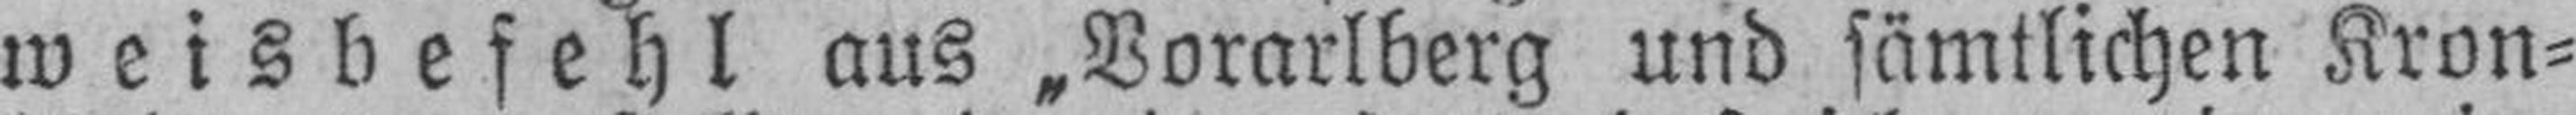
weisbefehl aus „Vorarlberg und sämtlichen Kron¬